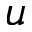
u